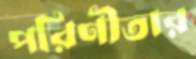
পরিণীতার